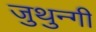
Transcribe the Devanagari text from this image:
जुथुन्गी